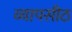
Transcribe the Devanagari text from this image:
व्यापसीठ